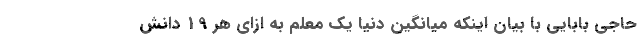
حاجی بابایی با بیان اینکه میانگین دنیا یک معلم به ازای هر 19 دانش